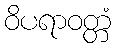
ဝိပရာဝတ္တံ